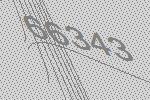
66343